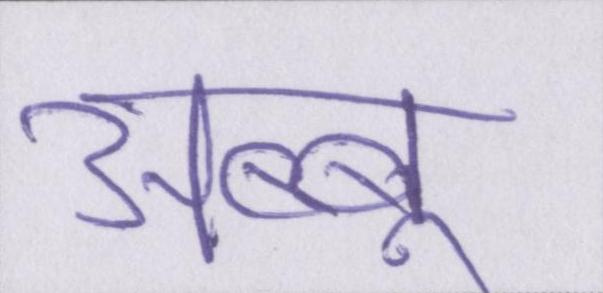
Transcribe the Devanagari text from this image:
अब्बू